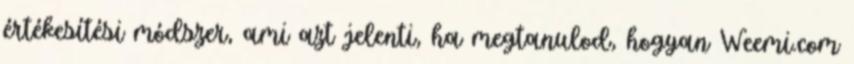
értékesítési módszer, ami azt jelenti, ha megtanulod, hogyan Weemi.com